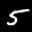
Label: 5